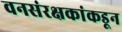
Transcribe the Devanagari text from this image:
वनसंरक्षकांकडून